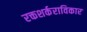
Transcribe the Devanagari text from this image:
रक्तशर्कराविकार